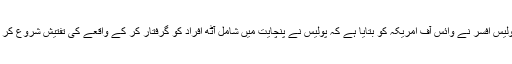
متعلقہ پولیس افسر نے وائس آف امریکہ کو بتایا ہے کہ پولیس نے پنچایت میں شامل آٹھ افراد کو گرفتار کر کے واقعے کی تفتیش شروع کر دی ہے۔